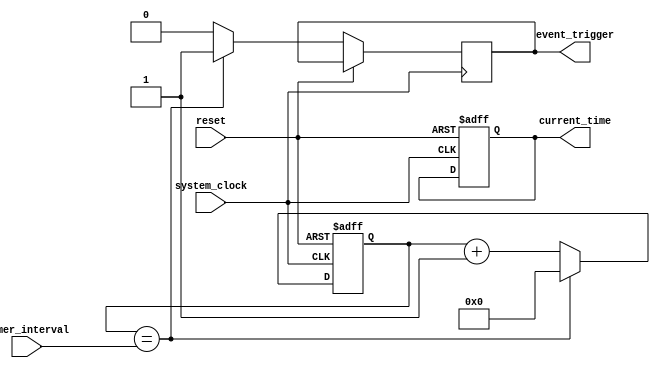
module real_time_clock_timer (
    input wire system_clock,          // System clock input
    input wire reset,                 // Reset input
    output reg [31:0] current_time,   // Current time and date information
    input wire [7:0] timer_interval,  // Timer interval for triggering events
    output wire event_trigger         // Event trigger signal output
);

reg [31:0] timer_counter;            // Timer counter register

always @ (posedge system_clock or posedge reset) begin
    if (reset) begin
        current_time <= 32'b0;      // Reset current time to 0
        timer_counter <= 32'b0;     // Reset timer counter to 0
    end else begin
        timer_counter <= timer_counter + 1;  // Increment timer counter
        if (timer_counter == timer_interval) begin
            event_trigger <= 1;      // Trigger event signal
            timer_counter <= 0;      // Reset timer counter
        end else begin
            event_trigger <= 0;      // No event trigger
        end
        // Update current time
        // Implement logic for updating current_time based on system clock
    end
end

endmodule